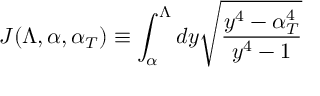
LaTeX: J ( \Lambda , \alpha , \alpha _ { T } ) \equiv \int _ { \alpha } ^ { \Lambda } d y \sqrt { \frac { y ^ { 4 } - \alpha _ { T } ^ { 4 } } { y ^ { 4 } - 1 } }